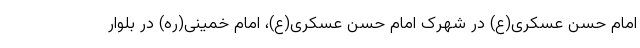
امام حسن عسکری(ع) در شهرک امام حسن عسکری(ع)، امام خمینی(ره) در بلوار